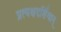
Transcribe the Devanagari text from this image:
प्रत्यक्षदर्शिवान्